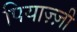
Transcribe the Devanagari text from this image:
पियाज़्ज़ी